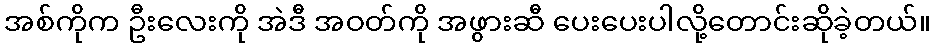
အစ်ကိုက ဦးလေးကို အဲဒီ အဝတ်ကို အဖွားဆီ ပေးပေးပါလို့တောင်းဆိုခဲ့တယ်။